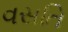
વસતિ